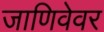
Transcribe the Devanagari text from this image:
जाणिवेवर